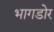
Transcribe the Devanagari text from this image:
भागडोर